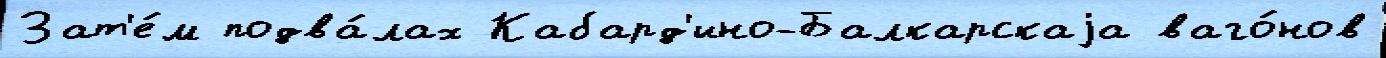
Зат'е́м подва́лах Кабард'ино-Балкарскаjа ваго́нов